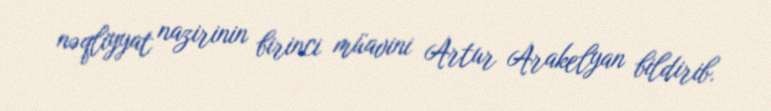
nəqliyyat nazirinin birinci müavini Artur Arakelyan bildirib.